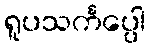
ရူပသင်္ကပ္ပေါ